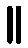
။